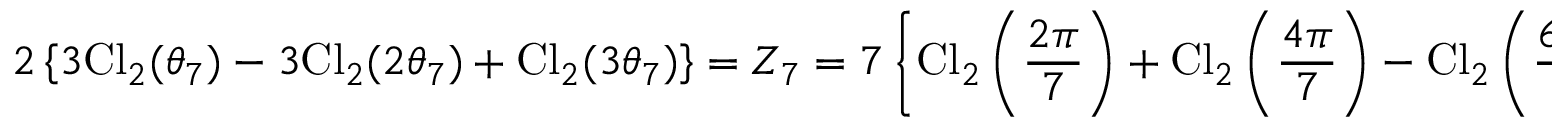
2 \left\{ 3 \mathrm { C l } _ { 2 } ( \theta _ { 7 } ) - 3 \mathrm { C l } _ { 2 } ( 2 \theta _ { 7 } ) + \mathrm { C l } _ { 2 } ( 3 \theta _ { 7 } ) \right\} = Z _ { 7 } = 7 \left\{ \mathrm { C l } _ { 2 } \left( \frac { 2 \pi } { 7 } \right) + \mathrm { C l } _ { 2 } \left( \frac { 4 \pi } { 7 } \right) - \mathrm { C l } _ { 2 } \left( \frac { 6 \pi } { 7 } \right) \right\}